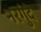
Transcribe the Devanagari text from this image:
नरगुंदे